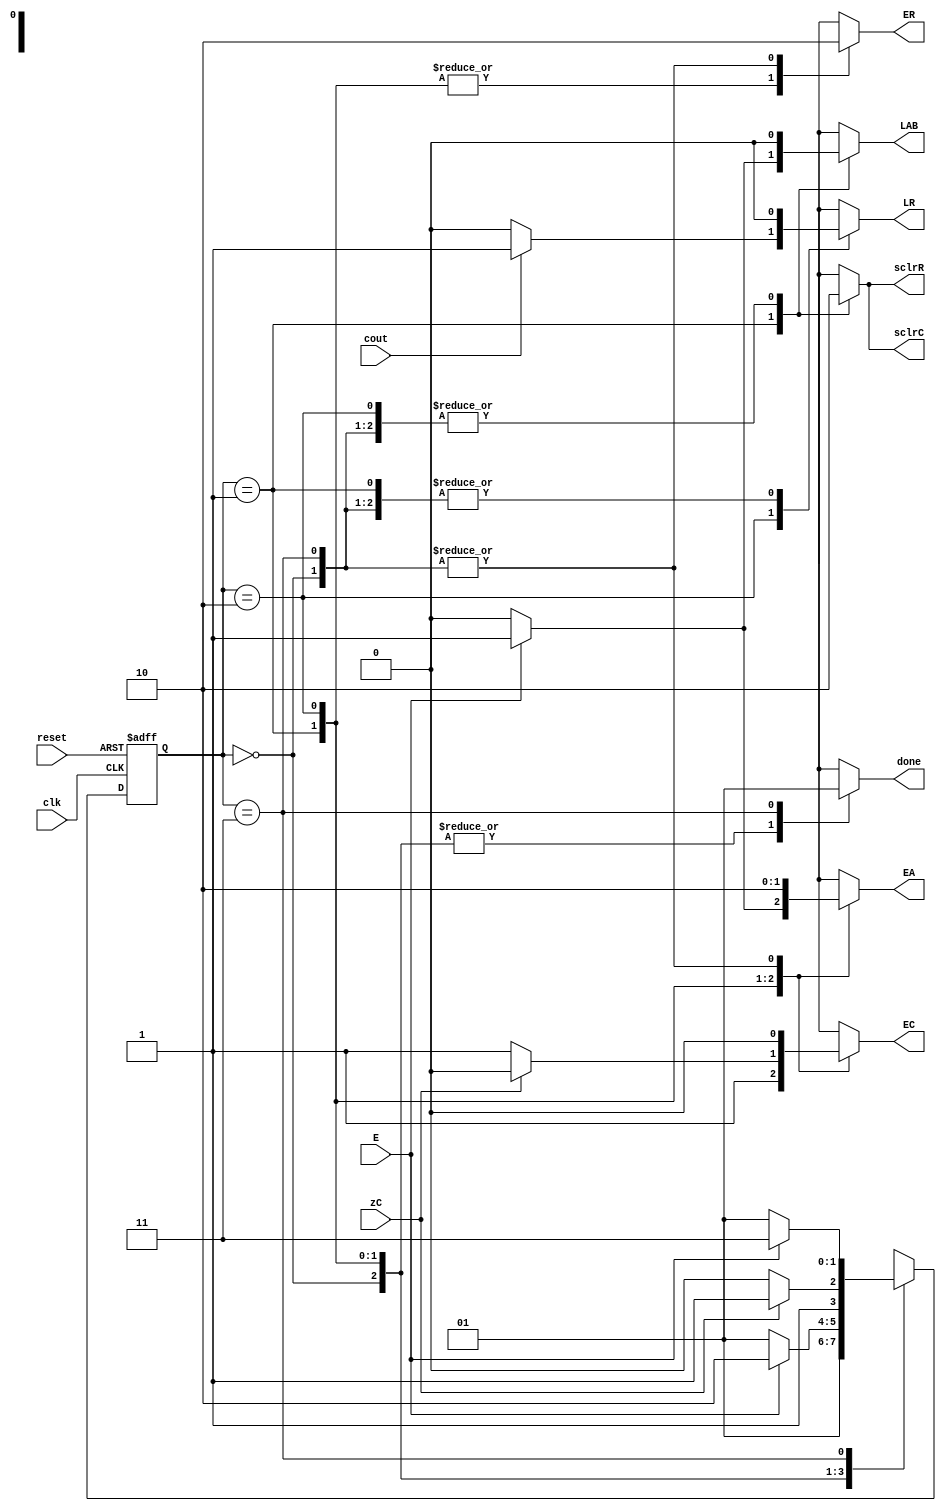
`timescale 1ns / 1ps
//////////////////////////////////////////////////////////////////////////////////
// Company: CECS 361 
// 
// Design Name: 
// Module Name: FSM
// Project Name: 
// Target Devices: 
// Tool Versions: 
// Description: 
// 
// Dependencies: 
// 
// Revision:
// Revision 0.01 - File Created
// Additional Comments:
// 
//////////////////////////////////////////////////////////////////////////////////

module FSM(
    input clk,reset,E,cout,zC,
    output reg LAB,EA,EC,sclrC,sclrR,LR,ER,done
    );
   
   
parameter
    RESET = 0,
    S1 = 1,
    S2 = 2,
    S3 = 3;


reg [1:0] present_state;
reg [1:0] next_state;


always@(*)
    case({present_state})
        RESET: begin                         
                LAB = 0;
                EA = 0;
                EC = 0;
                sclrC = 0;
                sclrR = 0;
                LR = 0;
                ER = 0;
                done = 0;
                next_state = S1;
               end                          
        S1: begin                            
                LAB =0 ;
                EA = 0;
                EC = 1;
                sclrC =1 ;
                sclrR = 1;
                LR = 0;
                ER = 1;
                done = 0;
                if(E) begin
                    next_state = S2;
                    LAB =1 ;
                    EA = 1;
                end      
                else
                    next_state = S1;      
            end
        S2: begin                           
                LAB =0 ;
                EA = 1;
                EC = 0;
                sclrC =0 ;
                sclrR = 0;
                LR = 0;
                ER = 1;
                done = 0;
                if(cout)
                    LR = 1 ;
                if(zC)
                    next_state = S3;
                else begin
                    EC = 1;
                    next_state = S2;    
                end                  
            end  
        S3: begin                          
                LAB = 0;
                EA = 0;
                EC = 0;
                sclrC = 0;
                sclrR = 0;
                LR = 0;
                ER = 0;
                done = 1;
                if(E)
                    next_state = S3;
                else
                    next_state = S1;      
            end
        default: next_state = RESET;               
    endcase
   

always@(posedge clk, posedge reset)
    if(reset)
        present_state <= RESET;            
    else
        present_state <= next_state;       

endmodule